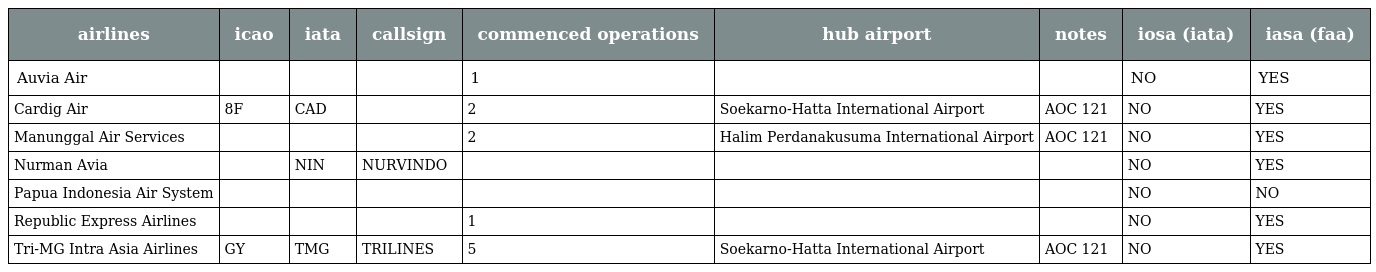
| airlines | icao | iata | callsign | commenced operations | hub airport | notes | iosa (iata) | iasa (faa) |
 | --- | --- | --- | --- | --- | --- | --- | --- | --- |
 | Auvia Air |  |  |  | 1 |  |  | NO | YES |
 | Cardig Air | 8F | CAD |  | 2 | Soekarno-Hatta International Airport | AOC 121 | NO | YES |
 | Manunggal Air Services |  |  |  | 2 | Halim Perdanakusuma International Airport | AOC 121 | NO | YES |
 | Nurman Avia |  | NIN | NURVINDO |  |  |  | NO | YES |
 | Papua Indonesia Air System |  |  |  |  |  |  | NO | NO |
 | Republic Express Airlines |  |  |  | 1 |  |  | NO | YES |
 | Tri-MG Intra Asia Airlines | GY | TMG | TRILINES | 5 | Soekarno-Hatta International Airport | AOC 121 | NO | YES |